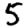
Digit: 5